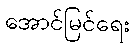
အောင်မြင်ရေး